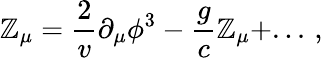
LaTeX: {\cal\mathbb{Z}}_{\mu}=\frac{{2}}{{v}}\partial_{\mu}\phi^{3}-\frac{{g}}{{c}}\mathbb{Z}_{\mu}+...\, ,